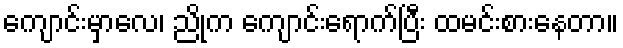
ကျောင်းမှာလေ၊ ညိုက ကျောင်းရောက်ပြီး ထမင်းစားနေတာ။